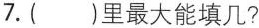
7.( )里最大能填几?